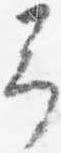
予